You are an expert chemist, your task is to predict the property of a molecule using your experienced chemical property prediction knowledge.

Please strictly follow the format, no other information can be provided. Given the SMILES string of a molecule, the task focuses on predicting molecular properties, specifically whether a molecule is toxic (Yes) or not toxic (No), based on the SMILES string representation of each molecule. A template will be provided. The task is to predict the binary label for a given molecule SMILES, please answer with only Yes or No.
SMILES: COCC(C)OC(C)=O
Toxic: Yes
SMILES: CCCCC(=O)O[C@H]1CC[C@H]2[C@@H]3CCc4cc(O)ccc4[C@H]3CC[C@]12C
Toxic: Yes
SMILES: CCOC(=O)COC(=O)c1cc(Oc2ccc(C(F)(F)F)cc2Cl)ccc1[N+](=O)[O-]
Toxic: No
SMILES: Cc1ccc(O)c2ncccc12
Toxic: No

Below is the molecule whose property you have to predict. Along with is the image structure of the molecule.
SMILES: O=C(OCCCCCOC(=O)c1ccccc1)c1ccccc1
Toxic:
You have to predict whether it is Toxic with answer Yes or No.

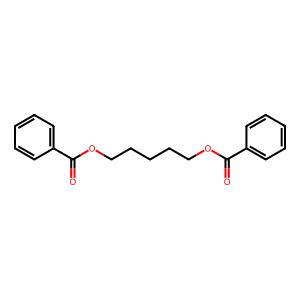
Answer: No